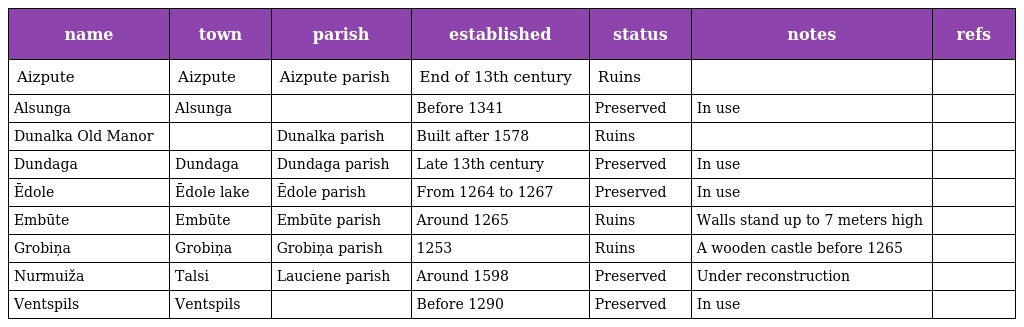
| name | town | parish | established | status | notes | refs |
 | --- | --- | --- | --- | --- | --- | --- |
 | Aizpute | Aizpute | Aizpute parish | End of 13th century | Ruins |  |  |
 | Alsunga | Alsunga |  | Before 1341 | Preserved | In use |  |
 | Dunalka Old Manor |  | Dunalka parish | Built after 1578 | Ruins |  |  |
 | Dundaga | Dundaga | Dundaga parish | Late 13th century | Preserved | In use |  |
 | Ēdole | Ēdole lake | Ēdole parish | From 1264 to 1267 | Preserved | In use |  |
 | Embūte | Embūte | Embūte parish | Around 1265 | Ruins | Walls stand up to 7 meters high |  |
 | Grobiņa | Grobiņa | Grobiņa parish | 1253 | Ruins | A wooden castle before 1265 |  |
 | Nurmuiža | Talsi | Lauciene parish | Around 1598 | Preserved | Under reconstruction |  |
 | Ventspils | Ventspils |  | Before 1290 | Preserved | In use |  |